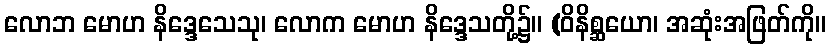
လောဘ မောဟ နိဒ္ဒေသေသု၊ လောက မောဟ နိဒ္ဒေသတို့၌။ (ဝိနိစ္ဆယော၊ အဆုံးအဖြတ်ကို။